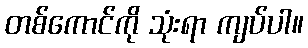
တစ်ကောင်ကို သုံးရာ ကျပ်ပါ။